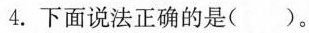
4.下面说法正确的是( )。